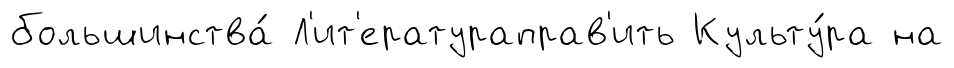
большинства́ Л'ит'ератураправ'ить Культу́ра на